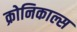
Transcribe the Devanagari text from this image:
क्रोनिकाल्स